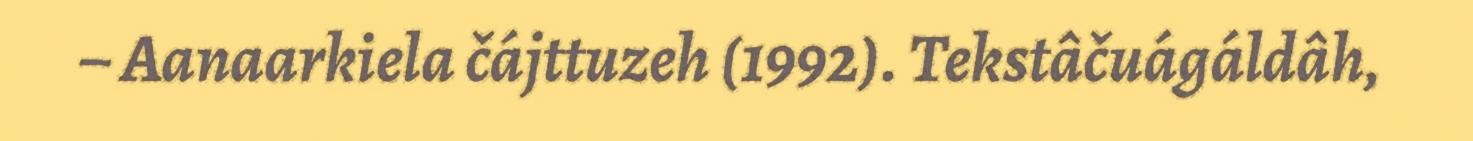
– Aanaarkiela čájttuzeh (1992). Tekstâčuágáldâh,